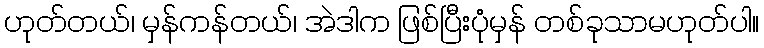
ဟုတ်တယ်၊ မှန်ကန်တယ်၊ အဲဒါက ဖြစ်ပြီးပုံမှန် တစ်ခုသာမဟုတ်ပါ။